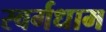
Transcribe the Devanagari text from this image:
स्वर्गधाम